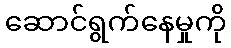
ဆောင်ရွက်နေမှုကို